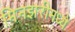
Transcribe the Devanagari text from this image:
मिनझरीमध्ये